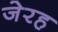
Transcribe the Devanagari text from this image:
जेरह